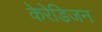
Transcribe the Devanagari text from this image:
केरेडिजन